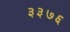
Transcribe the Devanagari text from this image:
३३७६